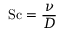
\mathrm { S c } = { \frac { \nu } { D } }